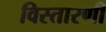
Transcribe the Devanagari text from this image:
विस्तारणी